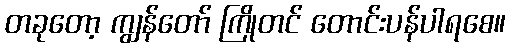
တခုတော့ ကျွန်တော် ကြိုတင် တောင်းပန်ပါရစေ။